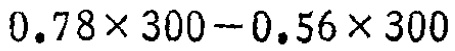
$0.78\times 300 - 0.56\times 300$